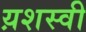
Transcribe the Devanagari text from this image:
य़शस्वी